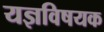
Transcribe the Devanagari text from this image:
यज्ञविषयक